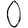
Digit: 0